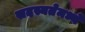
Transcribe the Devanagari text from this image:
सदस्यतेमध्ये